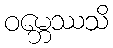
ဝမ္ဘေဿသိ